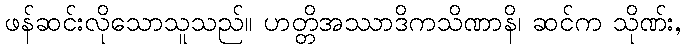
ဖန်ဆင်းလိုသောသူသည်။ ဟတ္တိအဿာဒိကသိဏာနိ၊ ဆင်က သိုဏ်း,